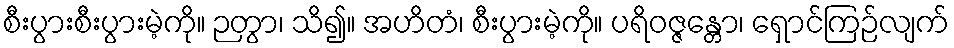
စီးပွားစီးပွားမဲ့ကို။ ဉတွာ၊ သိ၍။ အဟိတံ၊ စီးပွားမဲ့ကို။ ပရိဝဇ္ဇန္တော၊ ရှောင်ကြဉ်လျက်